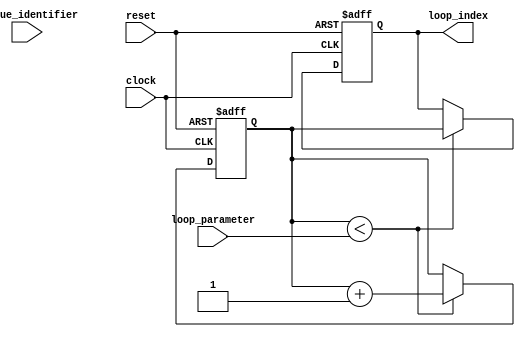
module labeled_for_loop (
    input [7:0] loop_parameter,
    input [3:0] unique_identifier,
    input clock,
    input reset,
    output reg [7:0] loop_index
);

reg [7:0] i;

always @(posedge clock or posedge reset) begin
    if (reset) begin
        i <= 0;
        loop_index <= 0;
    end else begin
        if (i < loop_parameter) begin
            if (unique_identifier == 4'b0000) begin
                // loop body operations for unique identifier 0000
                // e.g.: operation1;
            end else if (unique_identifier == 4'b0001) begin
                // loop body operations for unique identifier 0001
                // e.g.: operation2;
            end
            i <= i + 1;
            loop_index <= i;
        end
    end
end

endmodule